Problem: 38 + 27 = ?
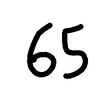
Handwritten answer: 65